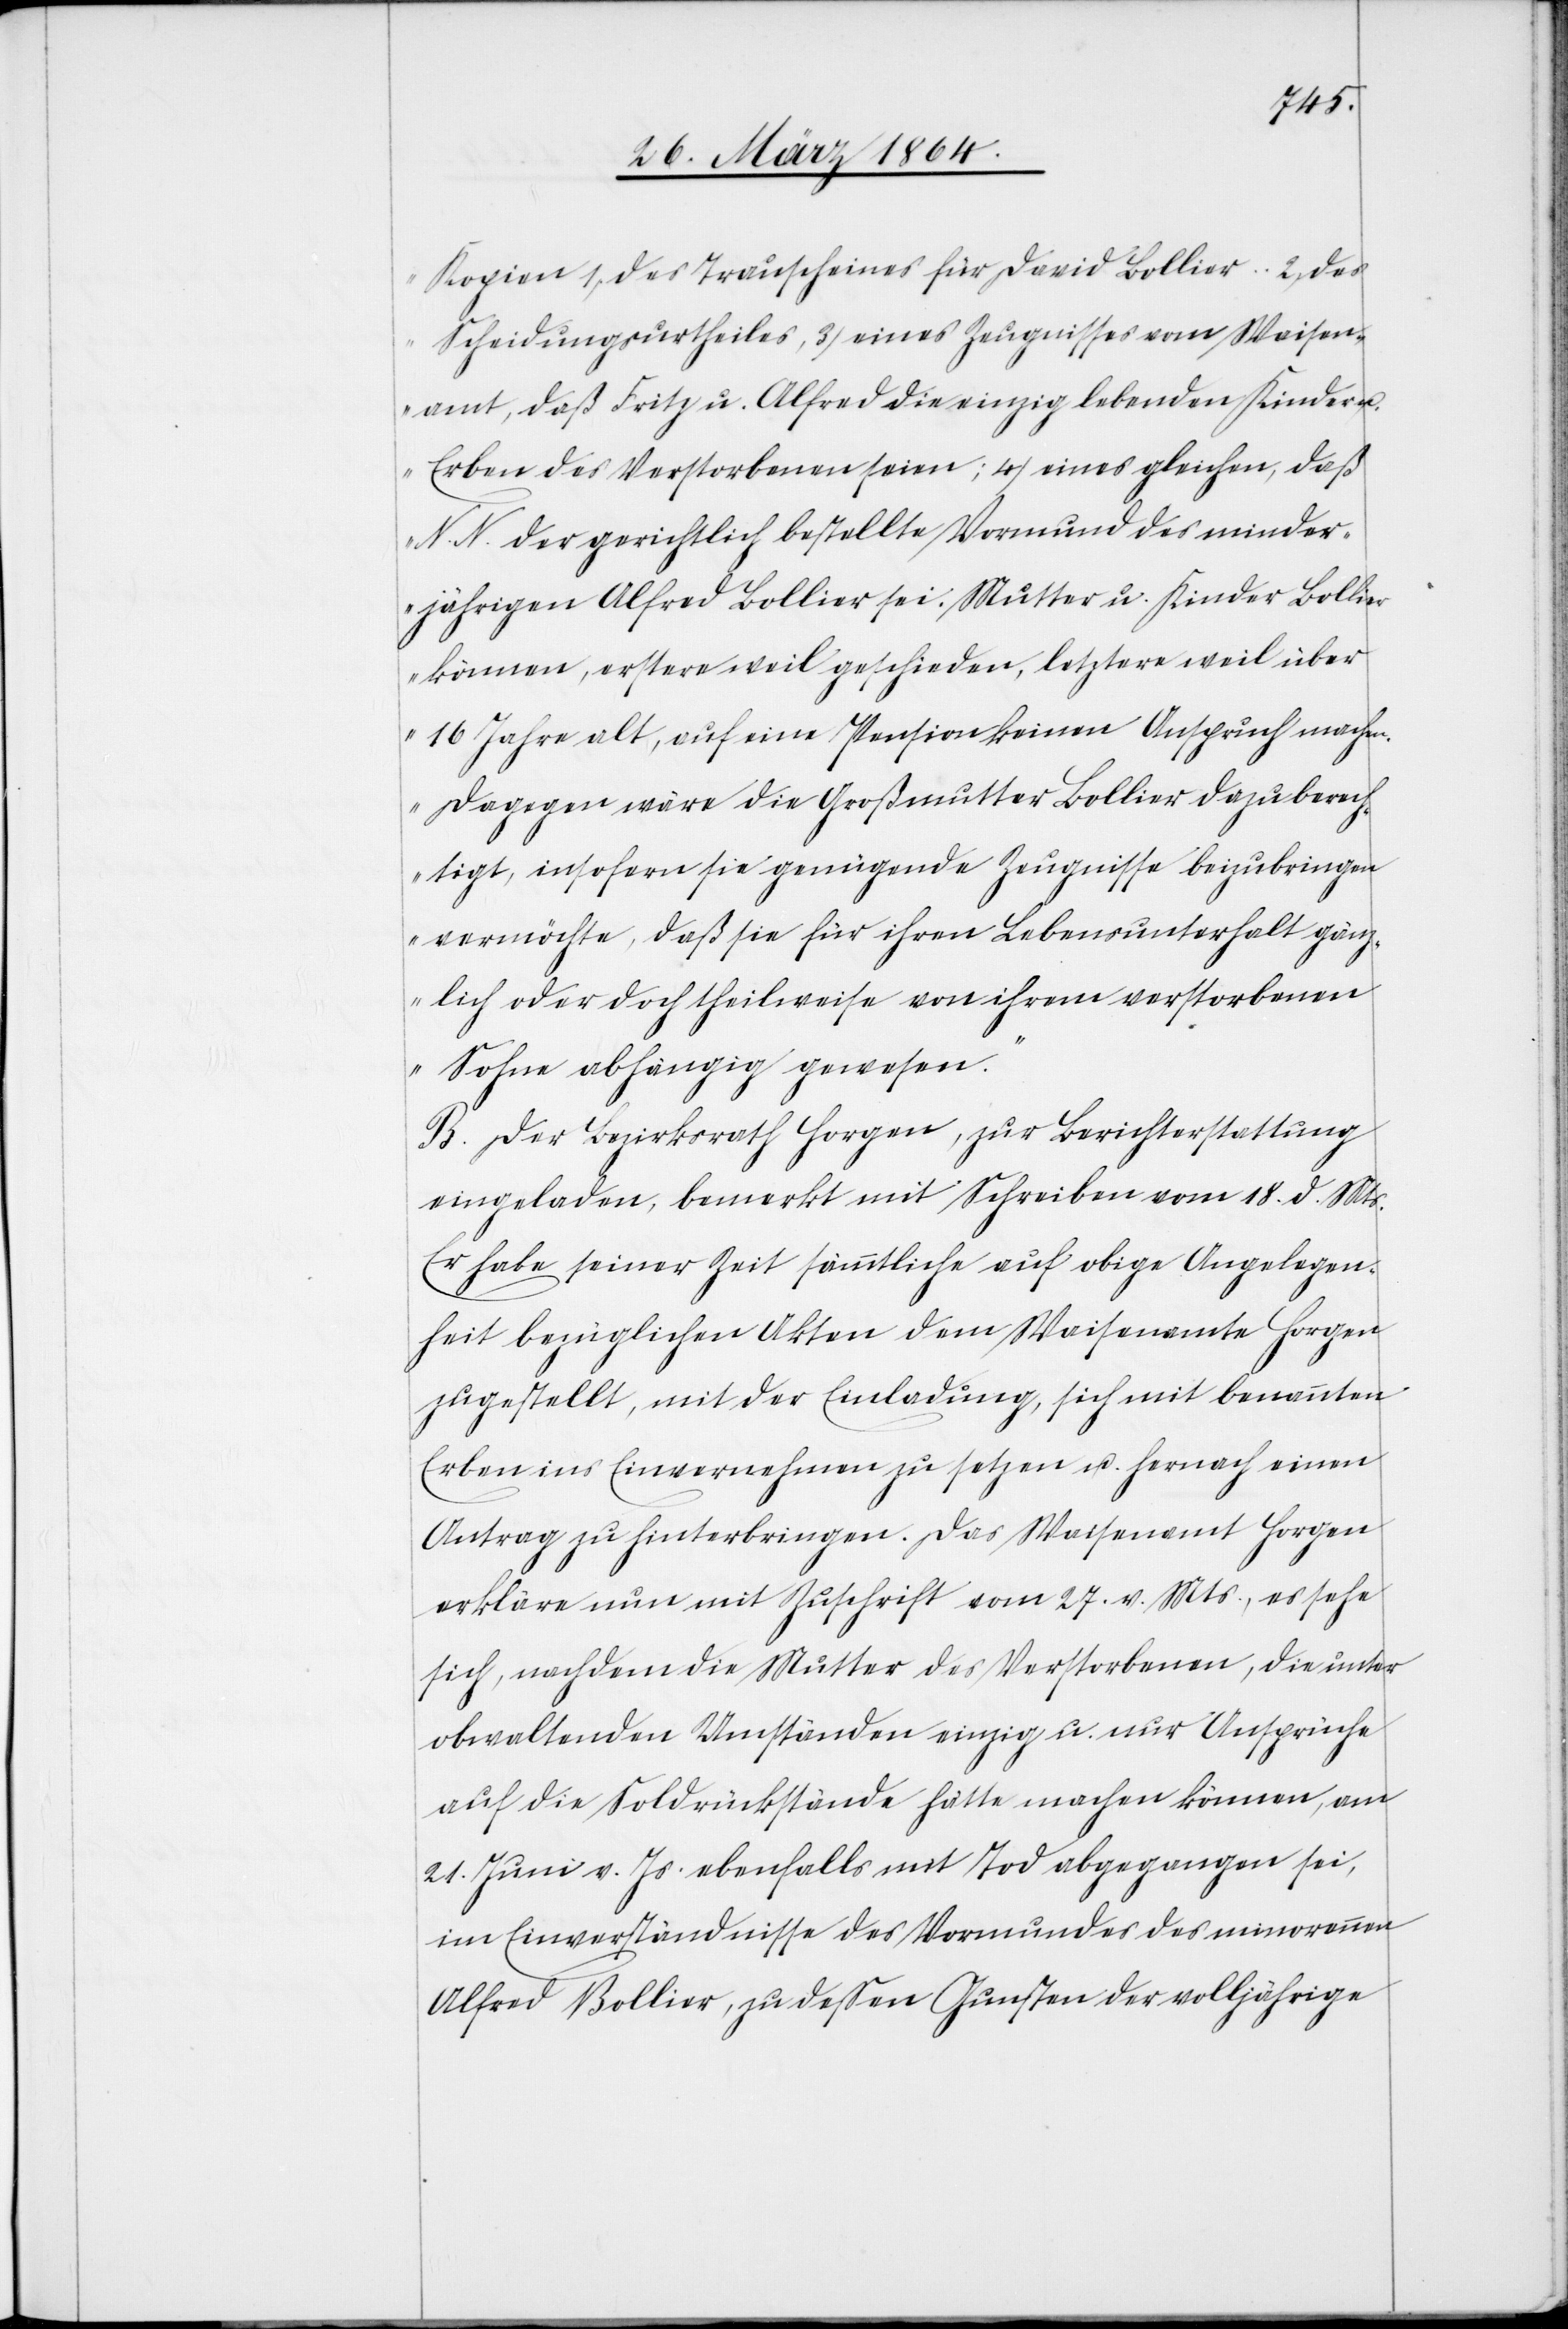
Kopien des Trauscheines für David Bollier... 2 des
Scheidungsurtheiles, 3) eines Zeugnisses vom Waisen¬
amt, daß Fritz u. Alfred die einzig lebenden Kinder u.
Erben des Verstorbenen seien; 4) eines gleichen, daß
N. N. der gerichtlich bestellte Vormund des minder¬
jährigen Alfred Bollier sei. Mutter u. Kinder Bollier
können, erstere weil geschieden, letztere weil über
16 Jahre alt, auf eine Pension keinen Anspruch machen.
Dagegen wäre die Großmutter Bollier dazu berech¬
tigt, insofern sie genügende Zeugnisse beizubringen
vermöchte, daß die für ihren Lebensunterhalt gänz¬
lich oder doch theilweise von ihrem verstorbenen
Sohne abhängig gewesen.“
B. Der Bezirksrath Horgen, zur Berichterstattung
eingeladen, bemerkt mit Schreiben vom 18. d. Mts.
Er habe seiner Zeit sämmtliche auf obige Angelegen¬
heit bezüglichen Akten dem Waisenamte Horgen
zugestellt, mit der Einladung, sich mit benannten
Erben ins Einvernehmen zu setzen u. hernach einen
Antrag zu hinterbringen. Das Waisenamt Horgen
erkläre nun mit Zuschrift vom 27. v. Mts., es sehe
sich, nachdem die Mutter des Verstorbenen, die unter
obwaltenden Umständen einzig u. nur Ansprüche
auf die Soldrückstände hätte machen können, am
21. Juni v. Js. ebenfalls mit Tod abgegangen sei,
im Einverständnisse des Vormundes des minorennen
Alfred Bollier, zu dessen Gunsten der volljährige